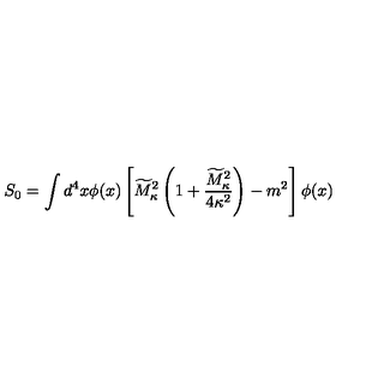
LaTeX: S _ { 0 } = \int d ^ { 4 } x \phi ( x ) \left[ \widetilde { M } _ { \kappa } ^ { 2 } \left( 1 + { \frac { \widetilde { M } _ { \kappa } ^ { 2 } } { 4 \kappa ^ { 2 } } } \right) - m ^ { 2 } \right] \phi ( x )